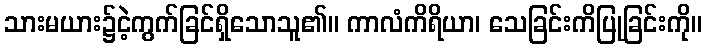
သားမယား၌ငဲ့ကွက်ခြင်ရှိသောသူ၏။ ကာလံကိရိယာ၊ သေခြင်းကိပြုခြင်းကို။